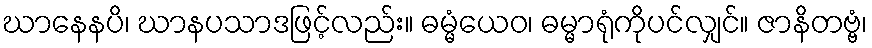
ဃာနေနပိ၊ ဃာနပသာဒဖြင့်လည်း။ ဓမ္မံယေဝ၊ ဓမ္မာရုံကိုပင်လျှင်။ ဇာနိတဗ္ဗံ၊